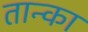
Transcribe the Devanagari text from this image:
तान्का